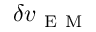
\delta v _ { \mathrm { ~ E ~ M ~ } }